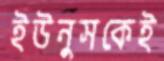
ইউনুসকেই